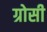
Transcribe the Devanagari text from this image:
ग्रोसी